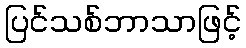
ပြင်သစ်ဘာသာဖြင့်